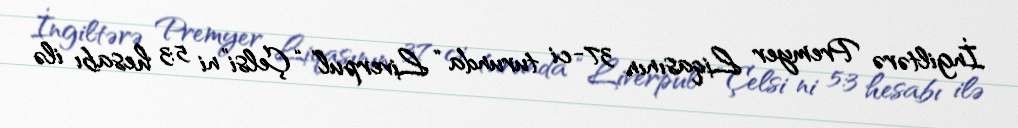
İngiltərə Premyer Liqasının 37-ci turunda “Liverpul” “Çelsi”ni 5:3 hesabı ilə